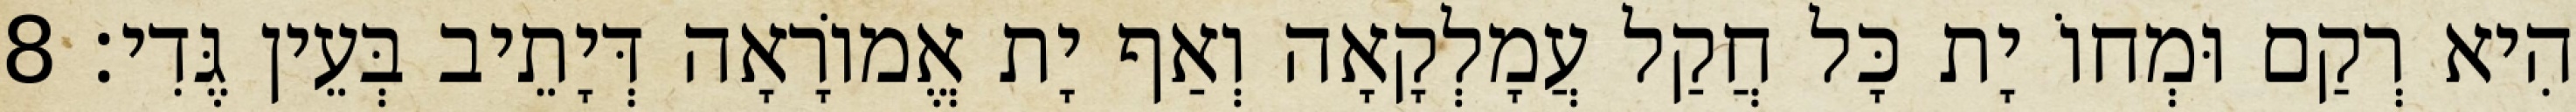
הִיא רְקַם וּמְחוֹ יָת כָּל חֲקַל עֲמָלְקָאָה וְאַף יָת אֱמוֹרָאָה דְּיָתֵיב בְּעֵין גֶּדִי׃ 8